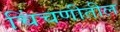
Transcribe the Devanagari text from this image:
चिंचणीतील